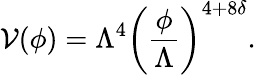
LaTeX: \mathcal{V}(\phi)=\Lambda^{4}\left(\frac{{\phi}}{{\Lambda}}\right)^{4+8\delta}.